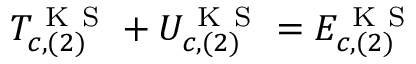
T _ { c , ( 2 ) } ^ { \mathrm { ~ K ~ S ~ } } + U _ { c , ( 2 ) } ^ { \mathrm { ~ K ~ S ~ } } = E _ { c , ( 2 ) } ^ { \mathrm { ~ K ~ S ~ } }